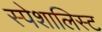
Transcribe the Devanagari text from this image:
स्पेशालिस्ट